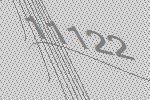
11122